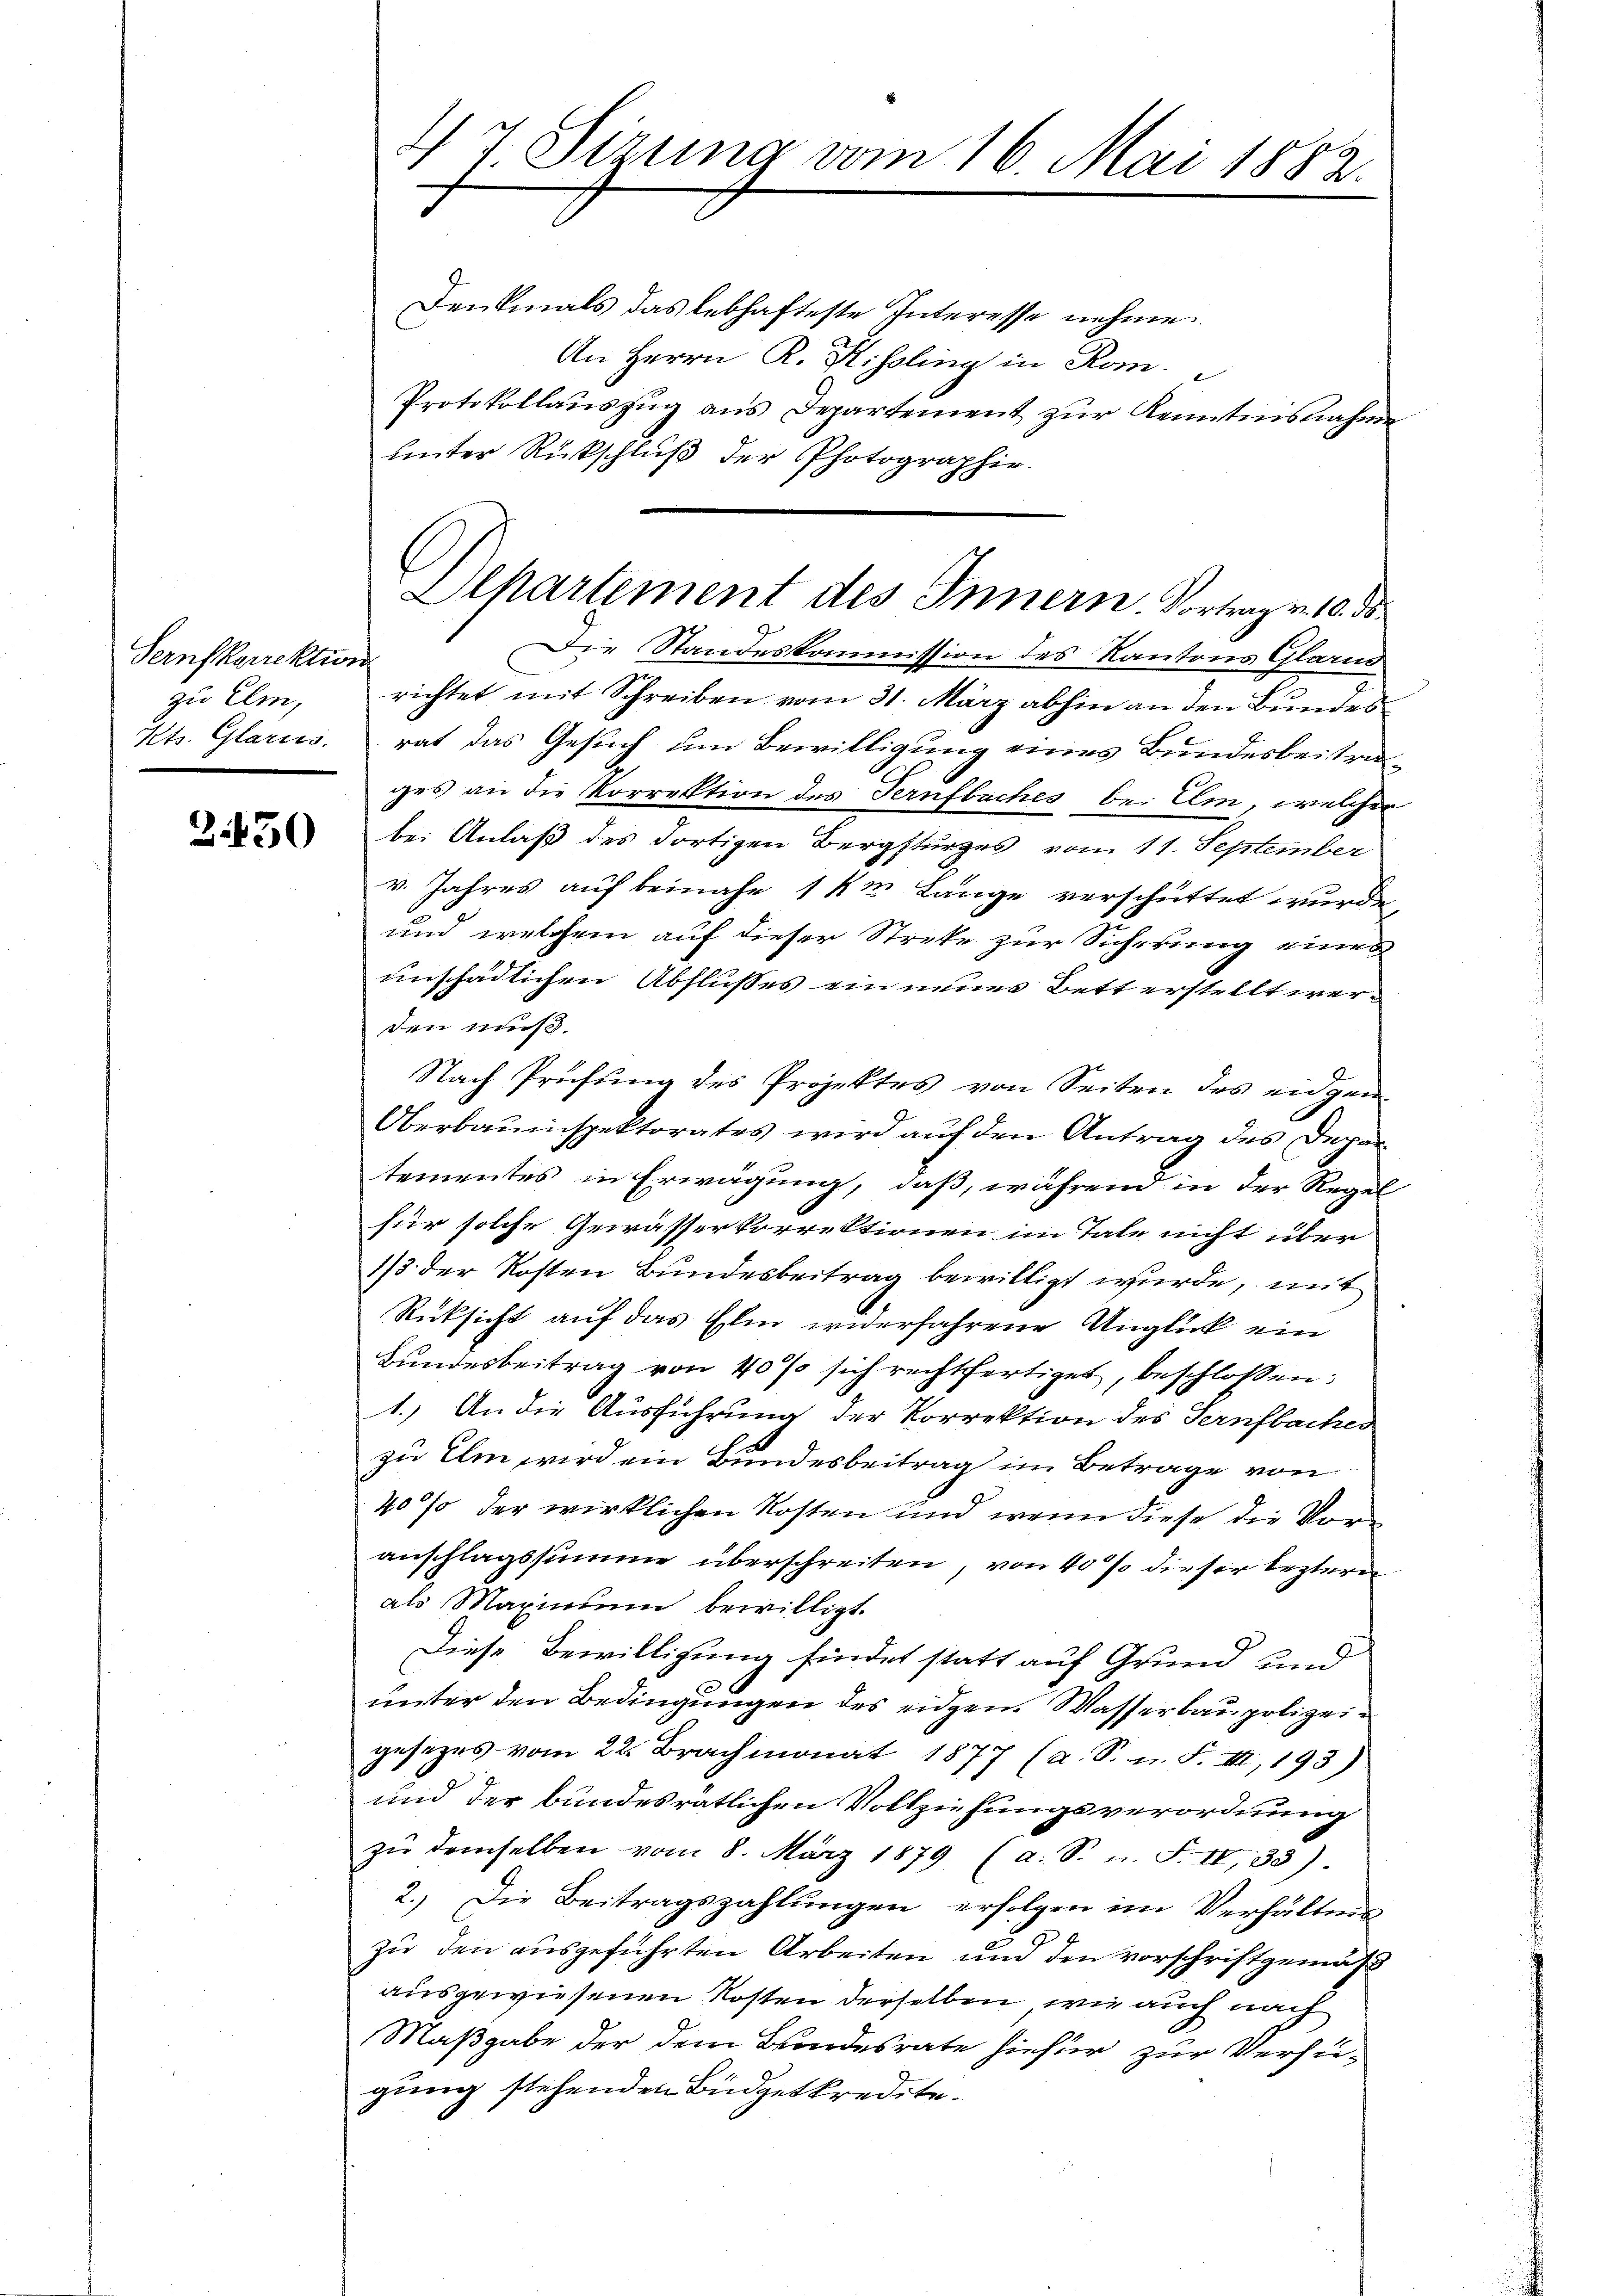
Sernfkorrektion
zu Elm,
Kts. Glarus.

2450

Denkmals das lebhafteste Interesse nehme.
An Herrn R. Kissling in Rom.
Protokollauszug aus Departement zur Kenntnisnahme
unter Rückschluß der Photographie.
Die Standeskommission des Kantons Glarus
richtet mit Schreiben vom 31. März abhin an den Bundes
rat das Gesuch um Bewilligung eines Bundesbeitrages an die Korrektion des Ternfbaches bei Elm, welcher
bei Anlaß des dortigen Bergsturzes vom 11. September
v. Jahres auf beinahe 1 km Länge verschüttet wurde
und welchem auf dieser Streke zur Sicherung eines
unschädlichen Abflusses ein neuer Bett erstellt werden muß.
Nach Prüfung des Projektes von Seiten des eidgen
Oberbauinspektorates wird auf den Antrag des Departementes in Erwägung, daß, während in der Regel
für solche Gewässerkorrektionen im Tale nicht über
1/3 der Kosten Bundesbeitrag bewilligt wurde, mit
Rücksicht auf das Elen widerfahrene Unglück ein
Bundesbeitrag von 40% sich rechtfertiget, beschlossen:
1.) An die Ausführung der Vorrektion des Ternfbaches
zu Ulm wird ein Bundesbeitrag im Betrage von
40% der wirklichen Kosten und wenn diese die Voranschlagssumme überschreiten, von 40% dieser leztern
als Maximum bewilligt.
Diese Bewilligung findet statt auf Grund und
unter den Bedingungen des eidgen. Wasserbaupolizeigesezes vom 22. Brachmonat 1877 (a. S. n. F. III, 193).
und der bundesratlichen Vollziehungsverordnung
zŭ demselben vom 8. März 1879 (a. S. u. F. II, 33)
2.) Die Beitragszahlungen erfolgen im Verhältnis
zu den ausgeführten Arbeiten und den vorschriftgemäß
ausgewiesenen Kosten derselben, wie auch nach
Maßgabe der dem Bundesrate hiefür zur Versugung stehenden Büdgetkredite.

47. Sizung vom 16. Mai 1882.

Alkartement des Innern. Vortrag v. 10. ds.